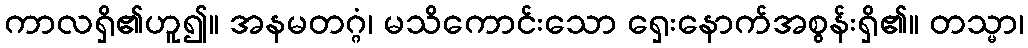
ကာလရှိ၏ဟူ၍။ အနမတဂ္ဂံ၊ မသိကောင်းသော ရှေးနောက်အစွန်းရှိ၏။ တသ္မာ၊